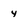
Character: 4